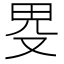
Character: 𤰯